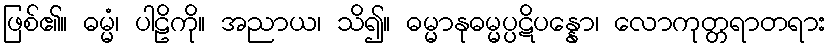
ဖြစ်၏။ ဓမ္မံ၊ ပါဠိကို။ အညာယ၊ သိ၍။ ဓမ္မာနုဓမ္မပ္ပဋိပန္နော၊ လောကုတ္တရာတရား